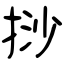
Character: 挱